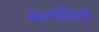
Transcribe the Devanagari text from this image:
अल्मविशा